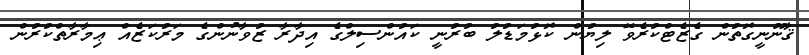
ޤާނޫނީގޮތުން ގެޒެޓްކުރެވޭ ލިޔުން ކޮޅުމަޑުލު ބުރުނީ ކައުންސިލްގެ އިދާރާ ޒުވާނުންގެ މަރުކަޒެއް ޢިމާރާތްކުރުން